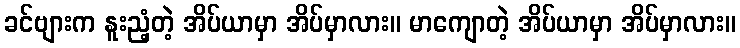
ခင်ဗျားက နူးညံ့တဲ့ အိပ်ယာမှာ အိပ်မှာလား။ မာကျောတဲ့ အိပ်ယာမှာ အိပ်မှာလား။